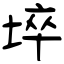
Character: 埣